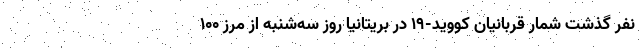
نفر گذشت شمار قربانیان کووید-۱۹ در بریتانیا روز سه‌شنبه از مرز ۱۰۰